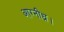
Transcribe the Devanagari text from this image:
आग्नीध्र।